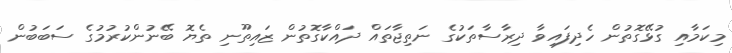
މިކަމާއި ގުޅޭގޮތުން ހެދިފައިވާ ދިރާސާތަކުގެ ނަތިޖާތައް ދައްކާގޮތުން ޒައިތޫނި ތެޔޮ ބޭނުންކުރުމުގެ ސަބަބުން